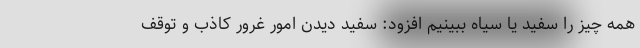
همه چیز را سفید یا سیاه ببینیم افزود: سفید دیدن امور غرور کاذب و توقف